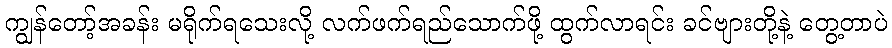
ကျွန်တော့်အခန်း မရိုက်ရသေးလို့ လက်ဖက်ရည်သောက်ဖို့ ထွက်လာရင်း ခင်ဗျားတို့နဲ့ တွေ့တာပဲ